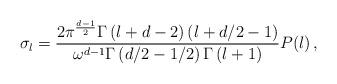
LaTeX: \begin{align*}\sigma_l = \frac{2\pi^{\frac{d-1}{2}}\Gamma \left( l+d-2 \right) \left( l+d/2 - 1\right)}{\omega^{d-1}\Gamma \left( d/2 -1/2\right) \Gamma \left( l+1 \right)} P(l)\,,\end{align*}